Civil Veterinary Department Bihar & Orissa reports 1922-29 - 1922-1929
Year: 1922
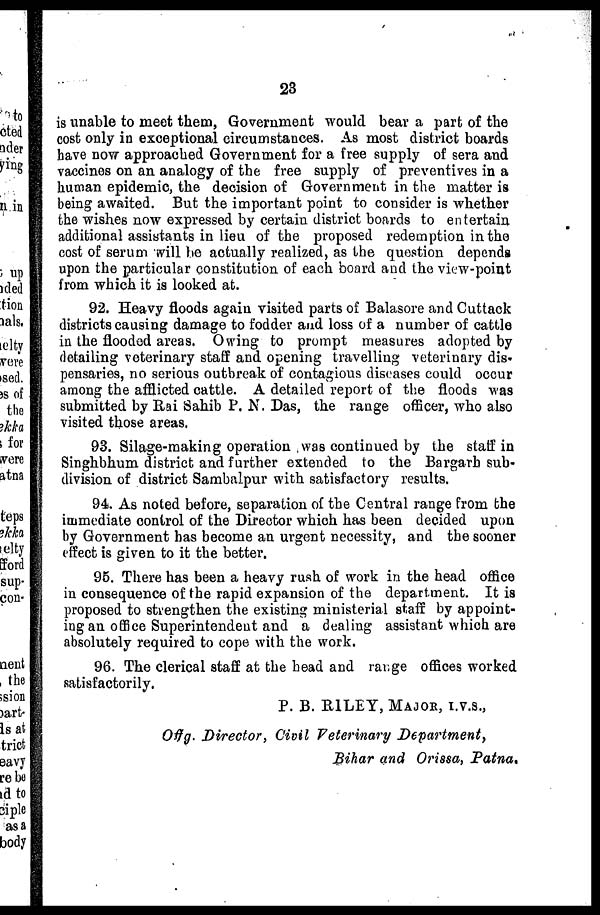
23
is unable to meet them, Government would bear a part of the
cost only in exceptional circumstances. As most district boards
have now approached Government for a free supply of sera and
vaccines on an analogy of the free supply of preventives in a
human epidemic, the decision of Government in the matter is
being awaited. But the important point to consider is whether
the wishes now expressed by certain district boards to entertain
additional assistants in lieu of the proposed redemption in the
cost of serum will be actually realized, as the question depends
upon the particular constitution of each board and the view-point
from which it is looked at.
92. Heavy floods again visited parts of Balasore and Cuttack
districts causing damage to fodder and loss of a number of cattle
in the flooded areas. Owing to prompt measures adopted by
detailing veterinary staff and opening travelling veterinary dis-
pensaries, no serious outbreak of contagious diseases could occur
among the afflicted cattle. A detailed report of the floods was
submitted by Rai Sahib P. N. Das, the range officer, who also
visited those areas.
93. Silage-making operation (was continued by the staff in
Singhbhum district and further extended to the Bargarh sub-
division of district Sambalpur with satisfactory results.
94.. As noted before, separation of the Central range from the
immediate control of the Director which has been decided upon
by Government has become an urgent necessity, and the sooner
effect is given to it the better.
95. There has been a heavy rush of work in the head office
in consequence of the rapid expansion of the department. It is
proposed to strengthen the existing ministerial staff by appoint-
ing an office Superintendent and a dealing assistant which are
absolutely required to cope with the work.
96. The clerical staff at the head and range offices worked
satisfactorily.
P. B. RILEY, MAJOR, I.V.S.,
Offg. Director, Civil Veterinary Department,
Bihar and Orissa, Patna.